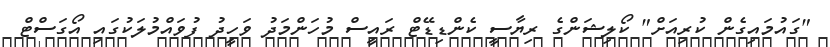
"ގައުމައިގެން ކުރިއަށް" ކޯލިޝަންގެ ރިޔާސީ ކެންޑިޑޭޓް ރައީސް މުހަންމަދު ވަހީދު ފުވައްމުލަކުގައި އޯގަސްޓް